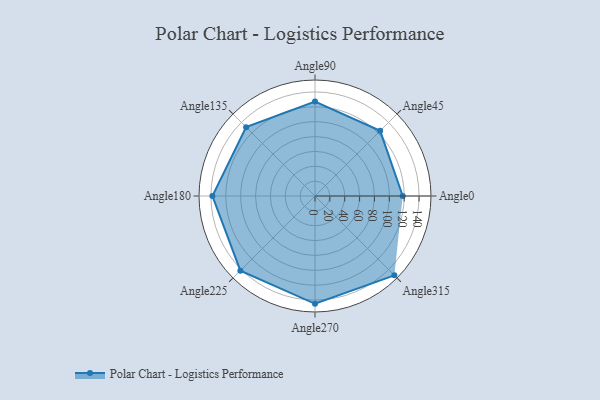
{"axis": {"x": "Angle", "y": "Radius"}, "legend": [""], "data": [{"x": "Angle0", "y": 118.0, "type": ""}, {"x": "Angle45", "y": 124.0, "type": ""}, {"x": "Angle90", "y": 127.0, "type": ""}, {"x": "Angle135", "y": 131.0, "type": ""}, {"x": "Angle180", "y": 138.0, "type": ""}, {"x": "Angle225", "y": 142.0, "type": ""}, {"x": "Angle270", "y": 145.0, "type": ""}, {"x": "Angle315", "y": 151.0, "type": ""}]}